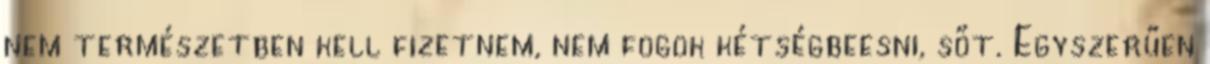
nem természetben kell fizetnem, nem fogok kétségbeesni, sőt. Egyszerűen